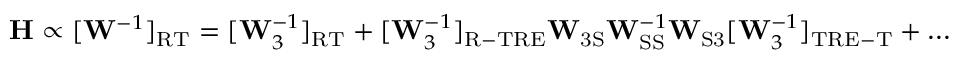
\mathbf { H } \propto [ \mathbf { W } ^ { - 1 } ] _ { \mathrm { R T } } = [ \mathbf { W } _ { 3 } ^ { - 1 } ] _ { \mathrm { R T } } + [ \mathbf { W } _ { 3 } ^ { - 1 } ] _ { \mathrm { R - T R E } } \mathbf { W } _ { \mathrm { 3 S } } \mathbf { W } _ { \mathrm { S S } } ^ { - 1 } \mathbf { W } _ { \mathrm { S 3 } } [ \mathbf { W } _ { 3 } ^ { - 1 } ] _ { \mathrm { T R E - T } } + \dots